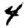
Digit: 4